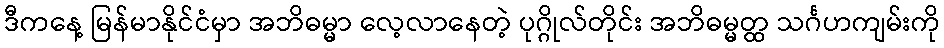
ဒီကနေ့ မြန်မာနိုင်ငံမှာ အဘိဓမ္မာ လေ့လာနေတဲ့ ပုဂ္ဂိုလ်တိုင်း အဘိဓမ္မတ္ထ သင်္ဂဟကျမ်းကို